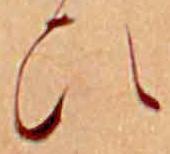
ひ